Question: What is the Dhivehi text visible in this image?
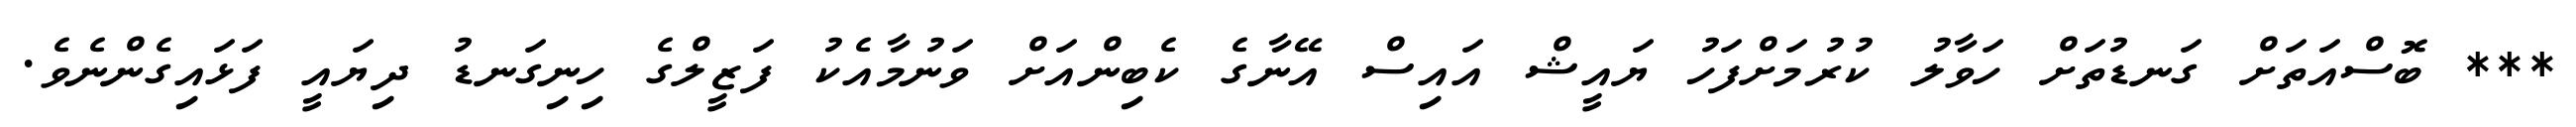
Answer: *** ބޮސްއަތަށް ގަނޑުތަށް ހަވާލު ކުރުމަށްފަހު ޔައީޝް އައިސް އޭނާގެ ކެބިންއަށް ވަނުމާއެކު ފަޒީލްގެ ހިނިގަނޑު ދިޔައީ ފަޅައިގެންނެވެ.